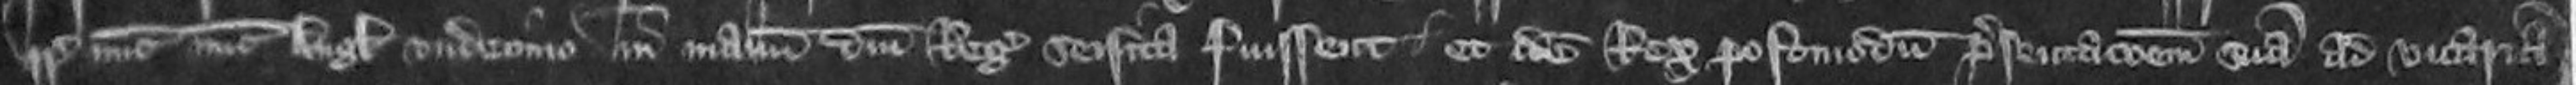
regni regis nunc Anglie undecimo in manum domini Regis seisita fuissent et idem Rex postmodum presentationem suam ad vicariam